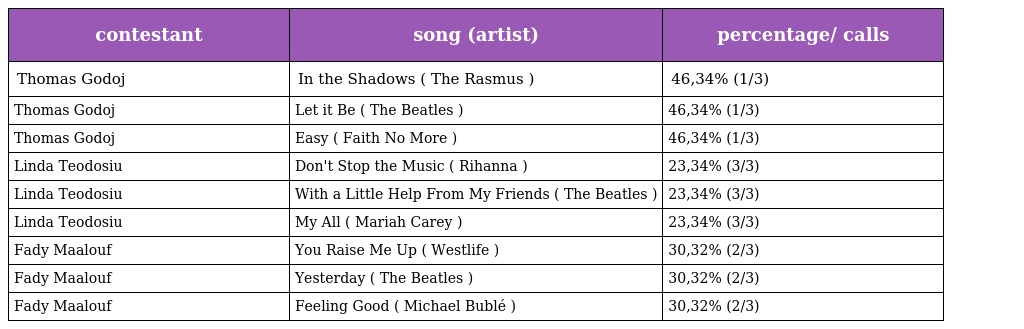
| contestant | song (artist) | percentage/ calls |
 | --- | --- | --- |
 | Thomas Godoj | In the Shadows ( The Rasmus ) | 46,34% (1/3) |
 | Thomas Godoj | Let it Be ( The Beatles ) | 46,34% (1/3) |
 | Thomas Godoj | Easy ( Faith No More ) | 46,34% (1/3) |
 | Linda Teodosiu | Don't Stop the Music ( Rihanna ) | 23,34% (3/3) |
 | Linda Teodosiu | With a Little Help From My Friends ( The Beatles ) | 23,34% (3/3) |
 | Linda Teodosiu | My All ( Mariah Carey ) | 23,34% (3/3) |
 | Fady Maalouf | You Raise Me Up ( Westlife ) | 30,32% (2/3) |
 | Fady Maalouf | Yesterday ( The Beatles ) | 30,32% (2/3) |
 | Fady Maalouf | Feeling Good ( Michael Bublé ) | 30,32% (2/3) |